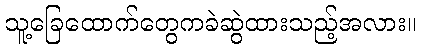
သူ့ခြေထောက်တွေကခဲဆွဲထားသည့်အလား။